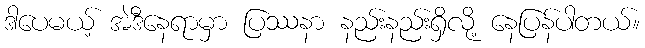
ဒါပေမယ့် အဲဒီနေရာမှာ ပြဿနာ နည်းနည်းရှိလို့ နေပြန်ပါတယ်။